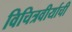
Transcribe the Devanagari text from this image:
विचित्रवीर्याची